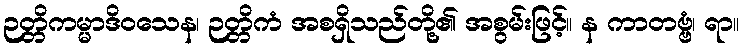
ဉတ္တိကမ္မာဒိဝသေန၊ ဉတ္တိကံ အစရှိသည်တို့၏ အစွမ်းဖြင့်။ န ကာတဗ္ဗံ၊ ရာ။